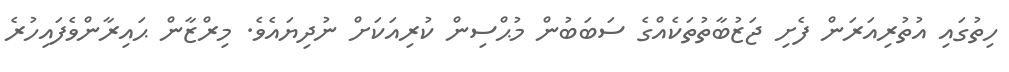
ހިތުގައި އުތުރިއަރަން ފެށި ޖަޒުބާތުތަކެއްގެ ސަބަބުން މުޙްސިން ކުރިއަކަށް ނުދިޔައެވެ. މިރްޒާން ޙައިރާންވެފައިހުރެ